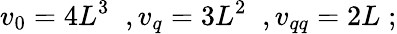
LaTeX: v_{0}=4L^{3}\; \; ,v_{q}=3L^{2}\; \; ,v_{qq}=2L\; ;